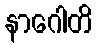
နာဂေါတိ